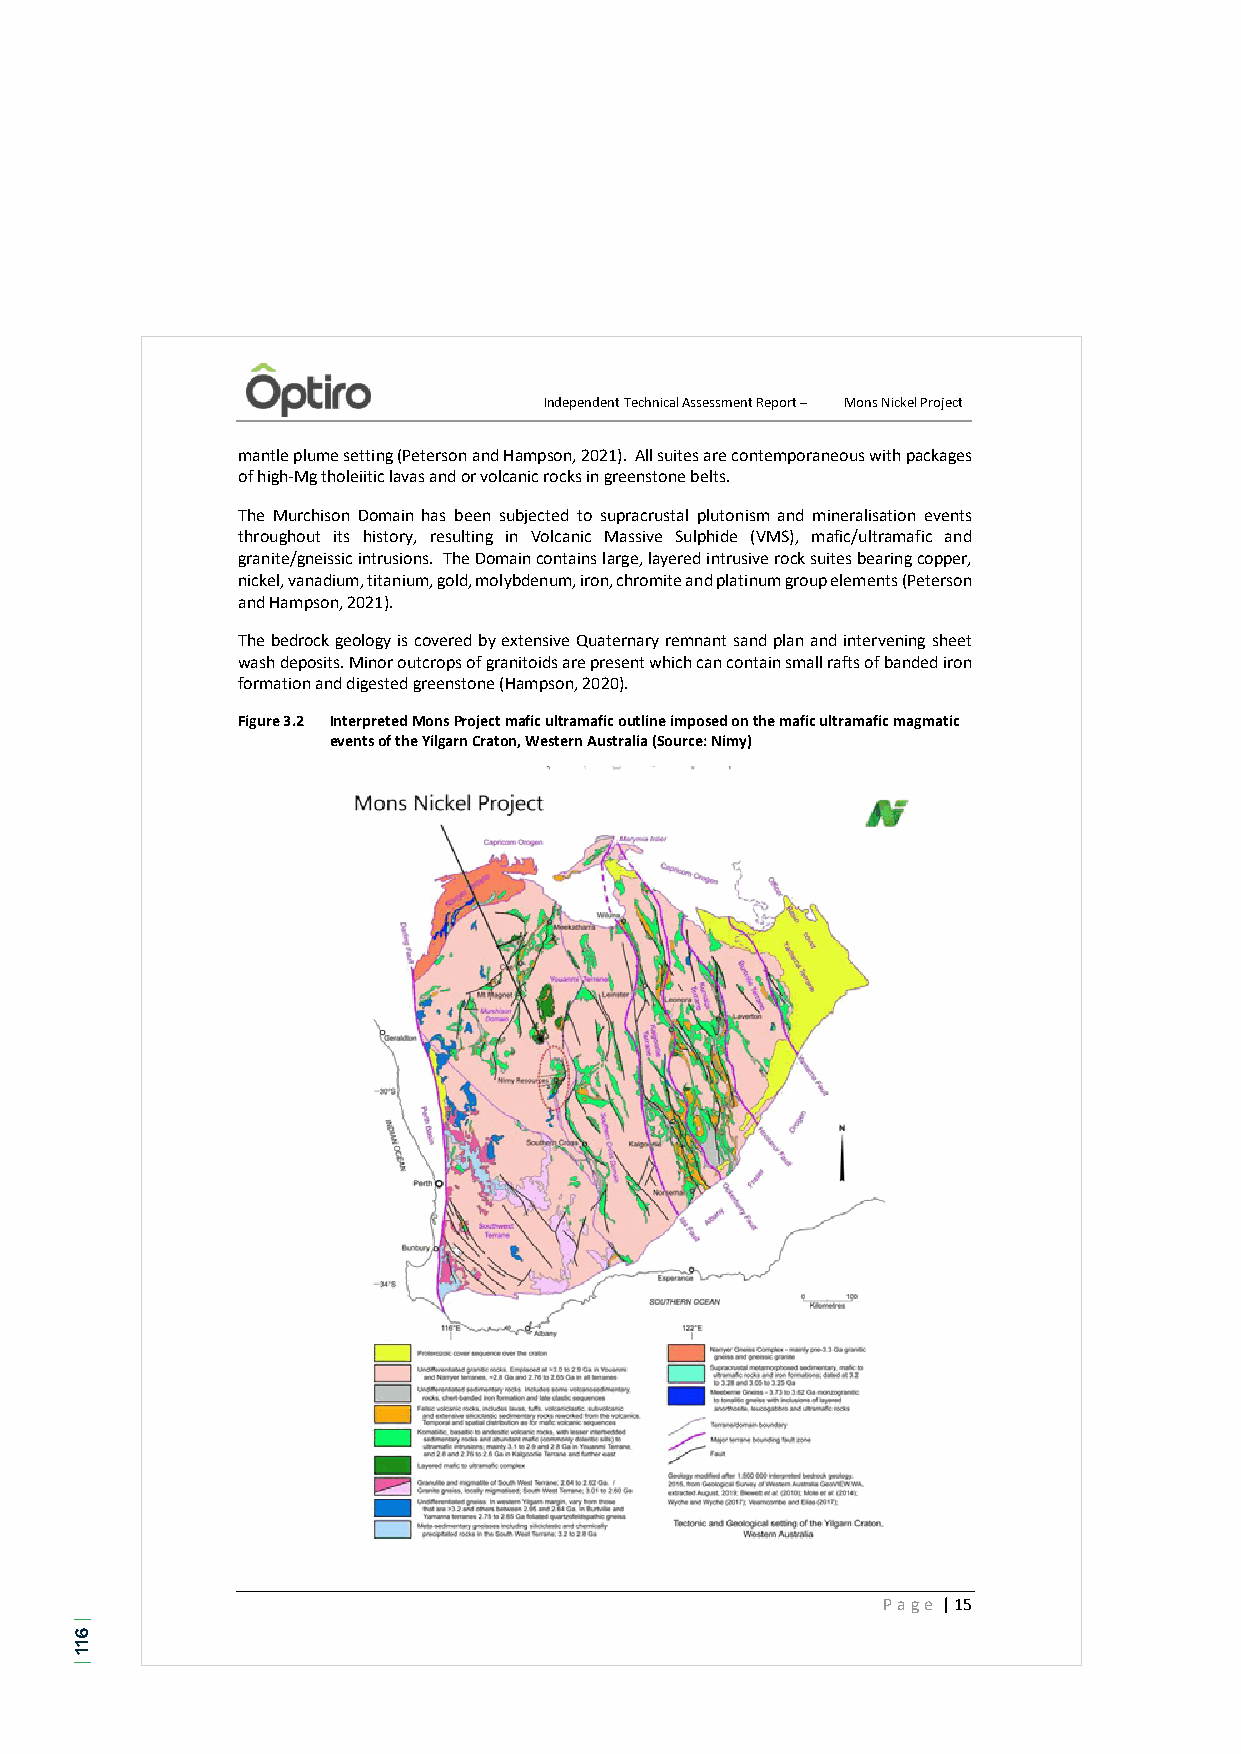
Independent Technical Assessment Report – Mons Nickel Project
 mantle plume setting (Peterson and Hampson, 2021). All suites are contemporaneous with packages
 of high-Mg tholeiitic lavas and or volcanic rocks in greenstone belts.
 The Murchison Domain has been subjected to supracrustal plutonism and mineralisation events
 throughout its history, resulting in Volcanic Massive Sulphide (VMS), mafic/ultramafic and
 granite/gneissic intrusions. The Domain contains large, layered intrusive rock suites bearing copper,
 nickel, vanadium, titanium, gold, molybdenum, iron, chromite and platinum group elements (Peterson
 and Hampson, 2021).
 The bedrock geology is covered by extensive Quaternary remnant sand plan and intervening sheet
 wash deposits. Minor outcrops of granitoids are present which can contain small rafts of banded iron
 formation and digested greenstone (Hampson, 2020).
 Figure 3.2 Interpreted Mons Project mafic ultramafic outline imposed on the mafic ultramafic magmatic
 events of the Yilgarn Craton, Western Australia (Source: Nimy)
 Page | 15
 |
 611
 |